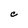
Character: C